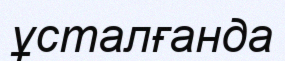
ұсталғанда